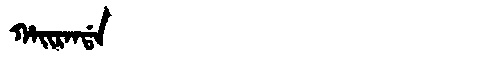
Manchu: ᡥᠠᡳᡵᠠᠨᡩᠠ
Romanization: HAIRANDA